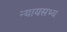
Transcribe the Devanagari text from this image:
न्यायसभ्य